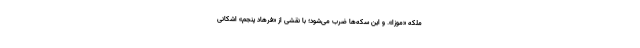
ملکه «موزا». و این سکه‌ها ضرب می‌شود؛ با نقشی از «فرهاد پنجم» اشکانی